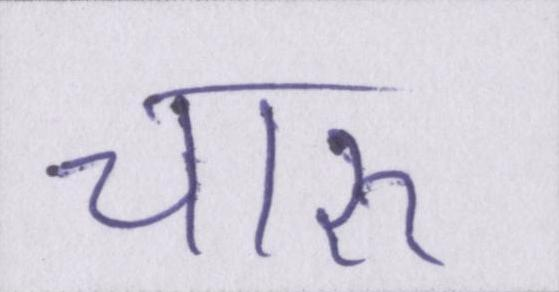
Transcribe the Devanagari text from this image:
चारु